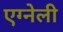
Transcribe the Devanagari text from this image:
एग्नेली